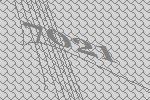
7021